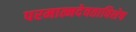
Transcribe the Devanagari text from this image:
परमात्मदेवताविशेष